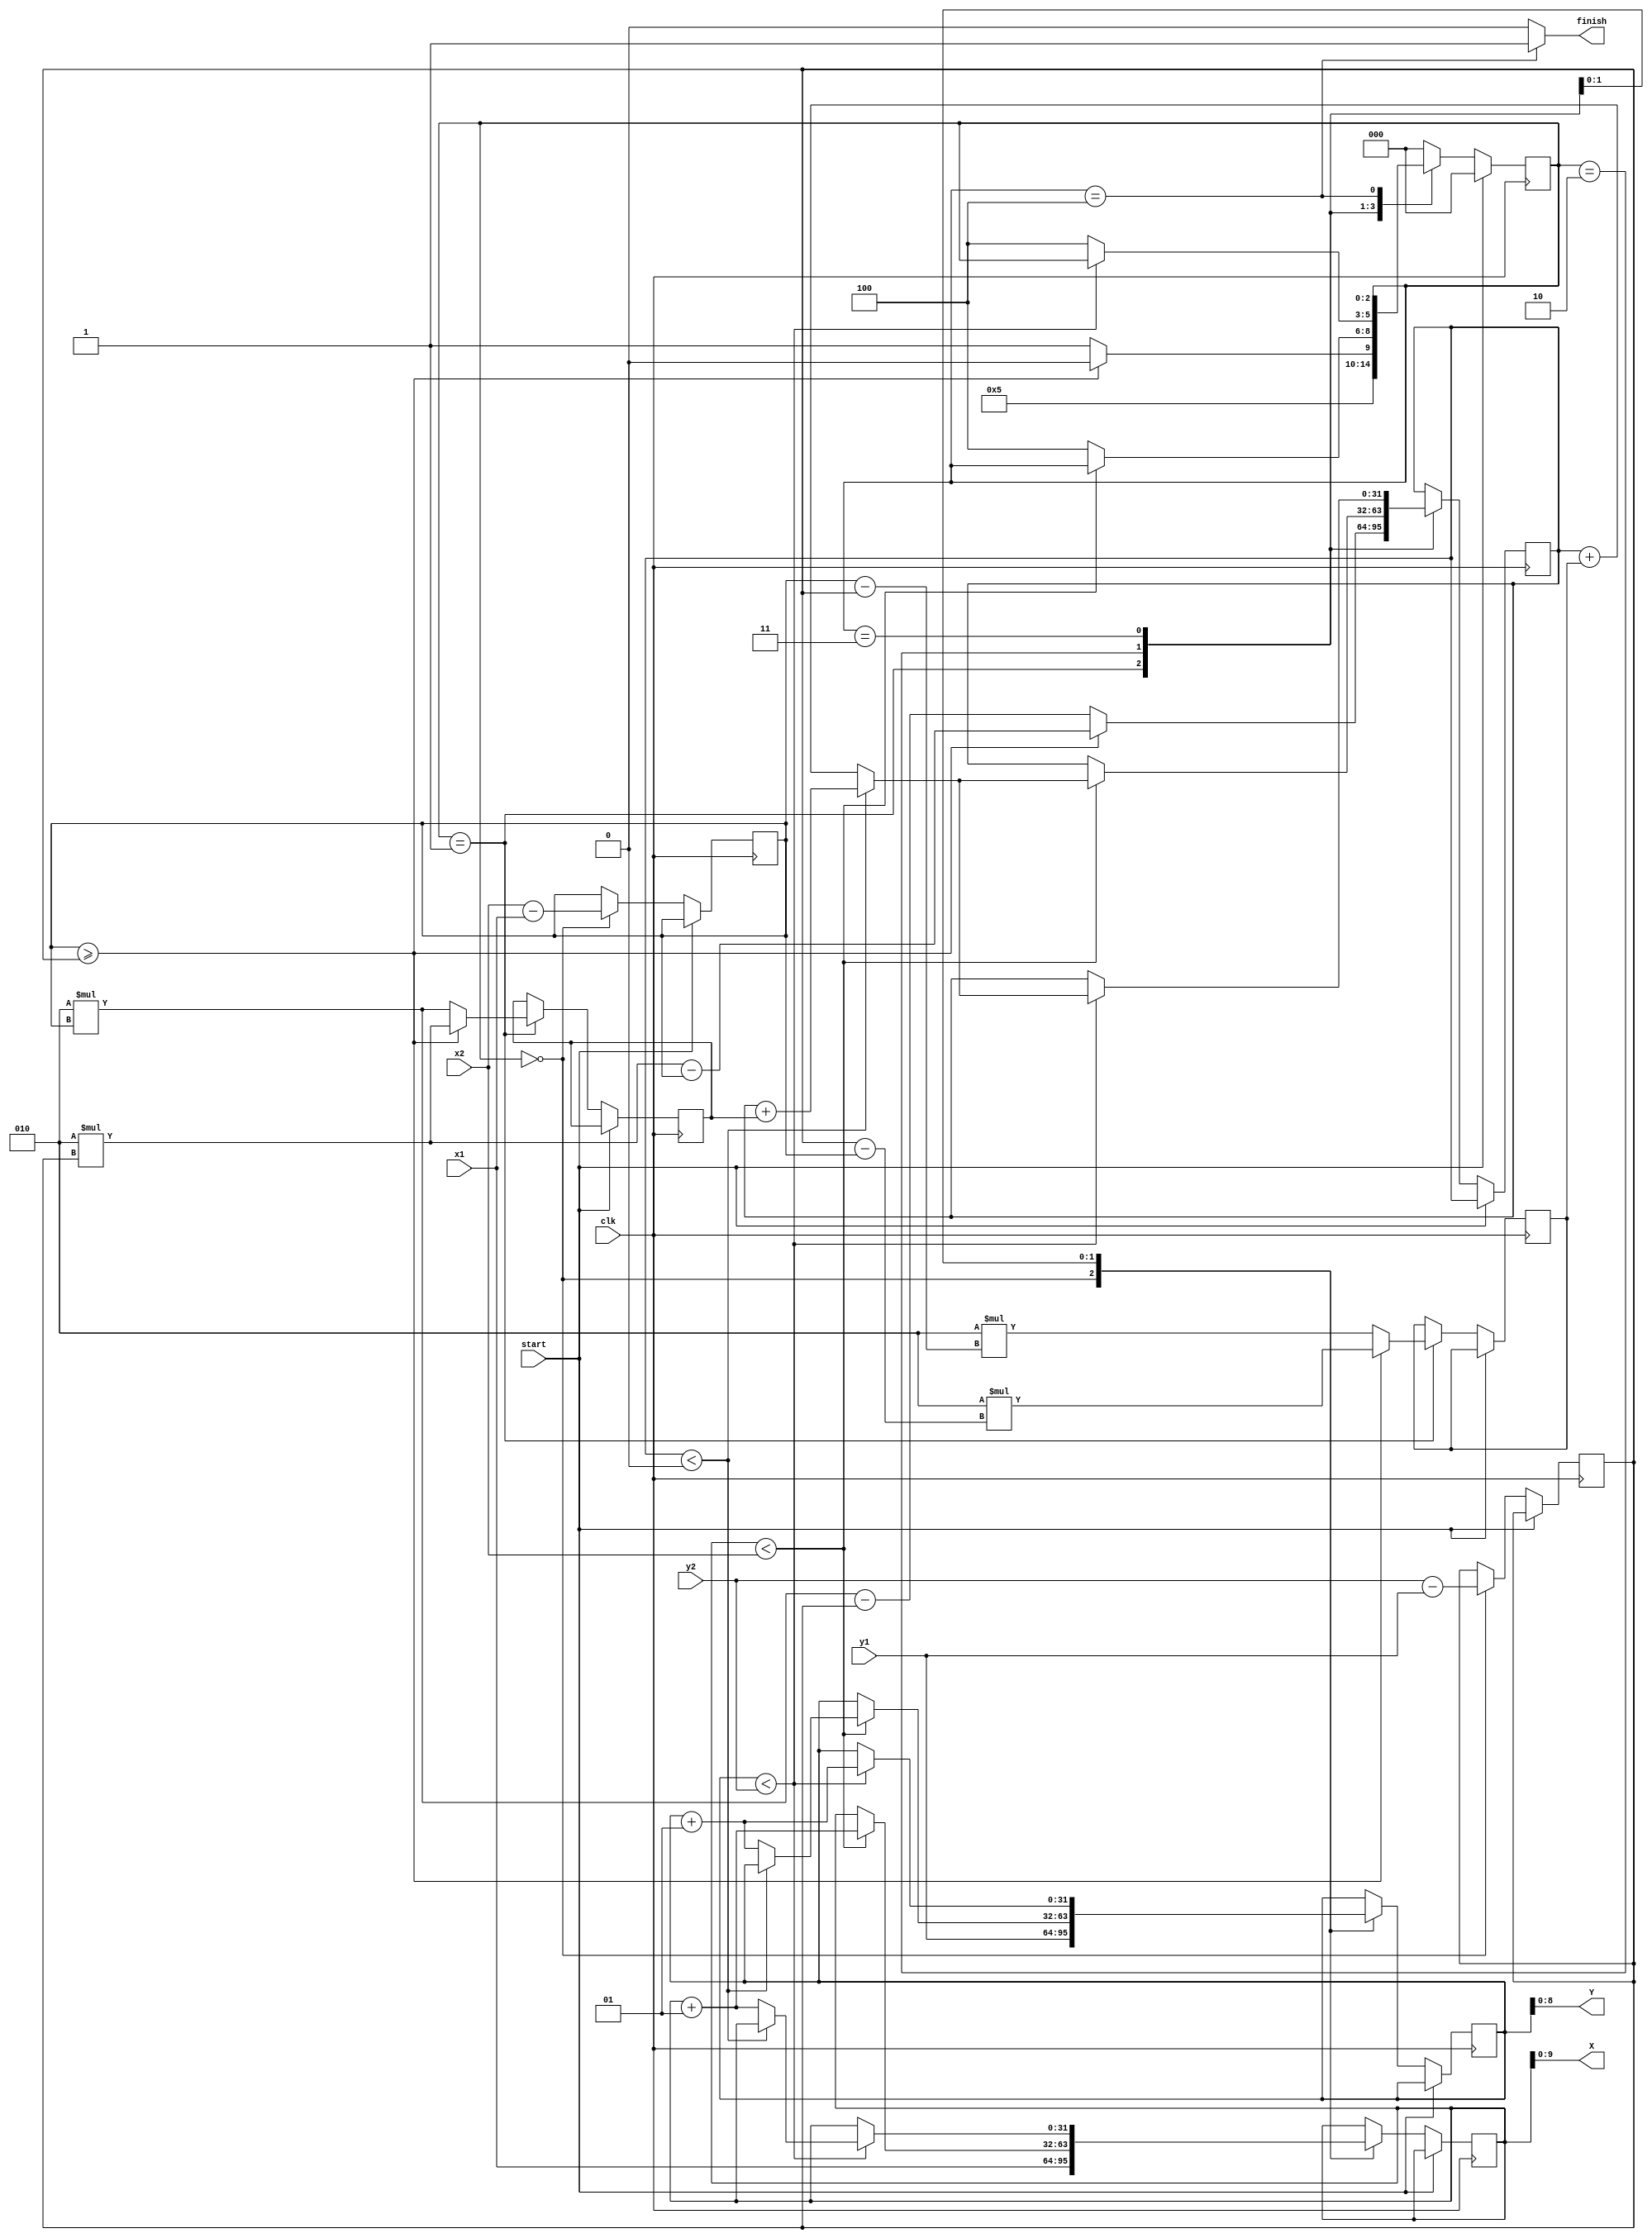
module B_Line(
    input wire clk,start,
    input wire[31:0] x1,y1,x2,y2,
    output wire [9:0]X,
    output wire [8:0]Y,
    output wire finish
);

// Line coordinates
reg signed [31:0]X1,Y1,X2,Y2;
always @(*) begin
  X1 <= x1;  
  Y1 <= y1;  
  X2 <= x2;  
  Y2 <= y2;  
end
reg L_finish_reg;
reg is_paused;
reg signed[31:0]x,x_next,y,y_next,dx,dy,dt,ds,dx_next,dy_next,dt_next,ds_next,d,d_next;
reg[2:0]state_reg,state_next;
//mem_of_state
  always @(posedge clk)begin
    if(start )
    begin
        state_reg<=2'b00; 
    end
    else
    begin
        state_reg<=state_next;
        x<=x_next;
        y<=y_next;
        d<=d_next;
        ds<=ds_next;
        dt<=dt_next;
        dx<=dx_next;
        dy<=dy_next;
    end
  end

//state_next logic
always @(*) begin
    //defaults
    L_finish_reg=1'b0;
    state_next=state_reg;
    x_next=x;
    y_next=y;
    d_next=d;
    ds_next=ds;
    dt_next=dt;
    dx_next=dx;
    dy_next=dy;
    case (state_reg)
        3'b000:
        begin
            x_next=X1;
            y_next=Y1;
            dx_next=X2-X1;
            dy_next=Y2-Y1;
            state_next=3'b001;
        end 
        3'b001:
        begin
            if(dx>=dy)
            begin
            dt_next=2*(dy-dx);
            ds_next=2*dy;
            d_next=(2*dy)-dx;
            state_next=3'b010;
            end
            else
            begin
            dt_next=2*(dx-dy);
            ds_next=2*dx;
            d_next=(2*dx)-dy;
            state_next=3'b011;
            end
        end 
        3'b010://horizontal_line
        begin
        if(x<X2) 
        begin
        x_next=x+1;
        if(d<0)
        begin
            d_next=d+ds;
        end
        else
        begin
            y_next=y+1;
            d_next=d+dt;
        end            
        end  
        else
            state_next=3'b100;
        end
        3'b011://vertical line
        begin
            if(y<Y2) 
        begin
        y_next=y+1;
        if(d<0)
        begin
            d_next=d+ds;
        end
        else
        begin
            x_next=x+1;
            d_next=d+dt;
        end            
        end  
        else
            state_next=3'b100;
        end
        3'b100:
        begin
            L_finish_reg=1'b1;
        end
        default:
            state_next=3'b000;
    endcase
end
assign finish=L_finish_reg;
assign X=x[9:0];
assign Y=y[8:0];

endmodule

//testbench
// `timescale 1ns/1ps
// module brsn_line_tb ();
// reg clk;
// reg start;
// wire finish;
// wire[9:0]X;
// wire[8:0]Y;
// reg[31:0] x1,x2,y1,y2;
// B_Line circ1(
//     .clk(clk),
//     .start(start),
//     .X(X),
//     .Y(Y),
//     .finish(finish),
//     .x1(x1),
//     .y1(y1),
//     .x2(x2),
//     .y2(y2)
// );

// always
// begin
//     clk=~clk;
//     #1;
// end
// initial
// begin
//     x1=10;
//     y1=20;
//     x2=20;
//     y2=20;
//     clk<=1'b0;
//     start<=1'b1;
//     #2;
//     start<=1'b0;
//     #4000;
//     $finish;
// end

// initial
// begin
//     $monitor("x=%d, y=%d |finish=%b",X,Y,finish);
// end
// endmodule